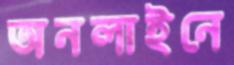
অনলাইনে